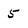
Character: 5